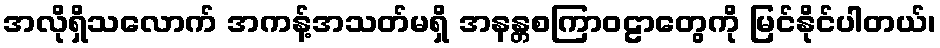
အလိုရှိသလောက် အကန့်အသတ်မရှိ အနန္တစကြာဝဠာတွေကို မြင်နိုင်ပါတယ်၊